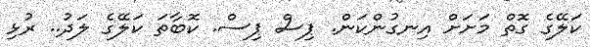
ކަލޭގެ ގޮތް މަށަށް އިނގުންކަން. ޕިސް ޕިސް. ކޮބާތަ ކަލޭގެ ލަދު.. ރުޅި